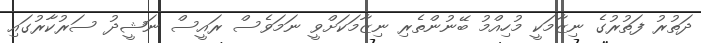
ދަތުރު ފަތުރުގެ ނިޒާމަކީ މުހިއްމު ބޭނުންތެރި ނިޒާމަކަށްވީ ނަމަވެސް ރައީސް ނަޝީދު ސަރުކާރުގައި